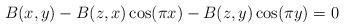
LaTeX: \begin{align*}B(x,y) - B(z,x) \cos(\pi x) - B(z,y) \cos(\pi y) = 0\end{align*}